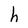
Character: h